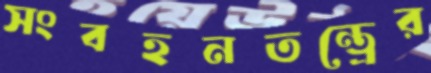
সংবহনতন্ত্রের